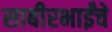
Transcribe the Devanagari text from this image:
साबीरभाईंचे